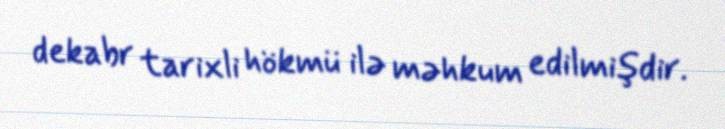
dekabr tarixli hökmü ilə məhkum edilmişdir.